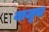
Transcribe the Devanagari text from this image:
बाजूच